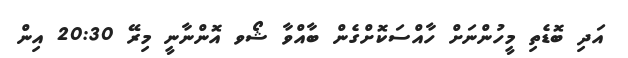
އަދި ބޮޑެތި މީހުންނަށް ހާއްސަކޮށްގެން ބާއްވާ ޝޯވ އޮންނާނީ މިރޭ 20:30 އިން